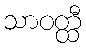
သာဝတ္ထီ